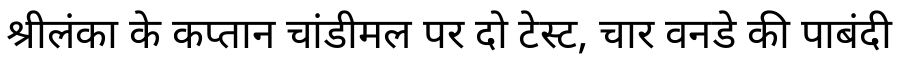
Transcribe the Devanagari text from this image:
श्रीलंका के कप्तान चांडीमल पर दो टेस्ट, चार वनडे की पाबंदी